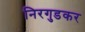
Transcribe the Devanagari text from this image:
निरगुडकर